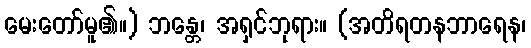
မေးတော်မူ၏။) ဘန္တေ၊ အရှင်ဘုရား။ (အတိရတနဘာရေန၊